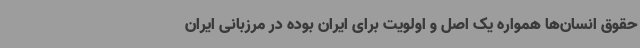
حقوق انسان‌ها همواره یک اصل و اولویت برای ایران بوده در مرزبانی ایران